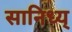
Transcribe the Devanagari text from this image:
सानिध्य्